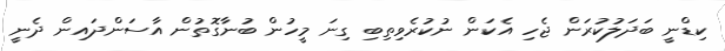
ކިޑްނީ ބަދަލުކުރަން ޖެހި އެކަން ނުކުރެވިތިބި ގިނަ މީހުން ބުނާގޮތުން އާސަންދައިން ދެނީ